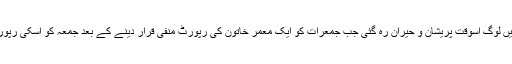
ادھر خیار بانڈی پورہ میں لوگ اسوقت پریشان و حیران رہ گئی جب جمعرات کو ایک معمر خاتون کی رپورٹ منفی قرار دینے کے بعد جمعہ کو اسکی رپورٹ مثبت قرار دی گئی۔